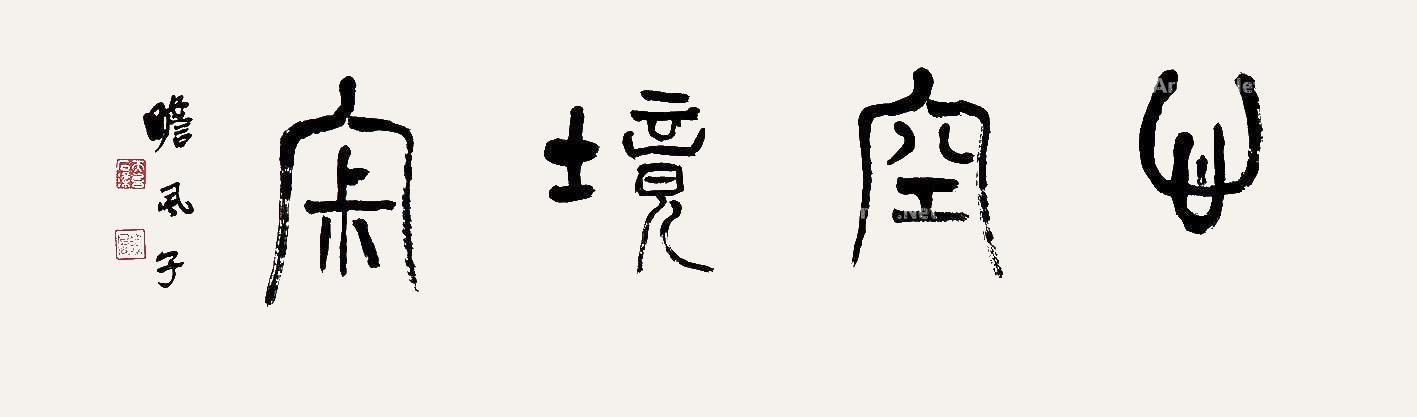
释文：心空境寂瞻凤子